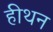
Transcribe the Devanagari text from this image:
हीथन